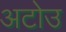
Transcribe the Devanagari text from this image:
अटोउ